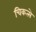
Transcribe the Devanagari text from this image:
चिकत्से